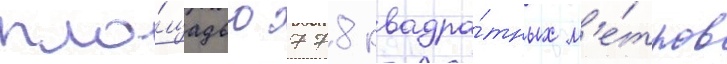
пло́щадью 778 квадра́тных м'е́тров